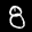
Label: 8